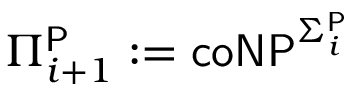
\Pi _ { i + 1 } ^ { \mathsf { P } } : = { \mathsf { c o N P } } ^ { \Sigma _ { i } ^ { \mathsf { P } } }